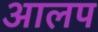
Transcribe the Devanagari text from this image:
आलप